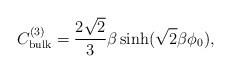
LaTeX: \begin{align*}C_{\rm bulk}^{(3)}=\frac{2\sqrt{2}}{3}\beta\sinh(\sqrt{2}\beta \phi_{0}),\end{align*}